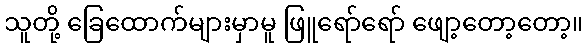
သူတို့ ခြေထောက်များမှာမူ ဖြူရော်ရော် ဖျော့တော့တော့။